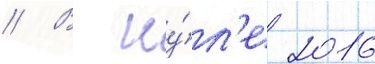
// В иу́л'е 2016